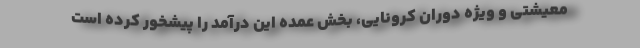
معیشتی و ویژه دوران کرونایی، بخش عمده این درآمد را پیشخور کرده است